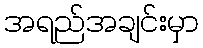
အရည်အချင်းမှာ